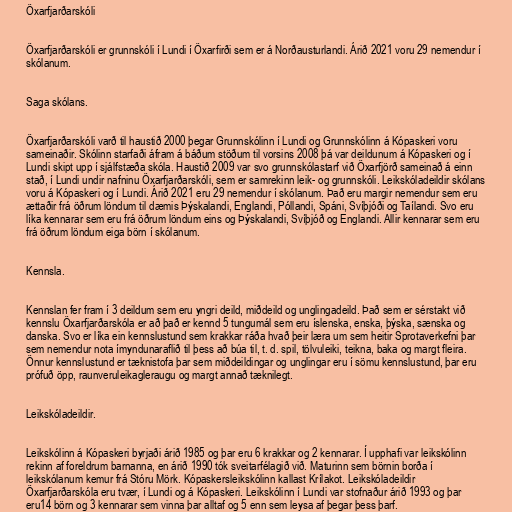
Öxarfjarðarskóli

Öxarfjarðarskóli er grunnskóli í Lundi í Öxarfirði sem er á Norðausturlandi. Árið 2021 voru 29 nemendur í
skólanum.

Saga skólans.

Öxarfjarðarskóli varð til haustið 2000 þegar Grunnskólinn í Lundi og Grunnskólinn á Kópaskeri voru
sameinaðir. Skólinn starfaði áfram á báðum stöðum til vorsins 2008 þá var deildunum á Kópaskeri og í
Lundi skipt upp í sjálfstæða skóla. Haustið 2009 var svo grunnskólastarf við Öxarfjörð sameinað á einn
stað, í Lundi undir nafninu Öxarfjarðarskóli, sem er samrekinn leik- og grunnskóli. Leikskóladeildir skólans
voru á Kópaskeri og í Lundi. Árið 2021 eru 29 nemendur í skólanum. Það eru margir nemendur sem eru
ættaðir frá öðrum löndum til dæmis Þýskalandi, Englandi, Póllandi, Spáni, Svíþjóði og Taílandi. Svo eru
líka kennarar sem eru frá öðrum löndum eins og Þýskalandi, Svíþjóð og Englandi. Allir kennarar sem eru
frá öðrum löndum eiga börn í skólanum.

Kennsla.

Kennslan fer fram í 3 deildum sem eru yngri deild, miðdeild og unglingadeild. Það sem er sérstakt við
kennslu Öxarfjarðarskóla er að það er kennd 5 tungumál sem eru íslenska, enska, þýska, sænska og
danska. Svo er líka ein kennslustund sem krakkar ráða hvað þeir læra um sem heitir Sprotaverkefni þar
sem nemendur nota ímyndunaraflið til þess að búa til, t. d. spil, tölvuleiki, teikna, baka og margt fleira.
Önnur kennslustund er tæknistofa þar sem miðdeildingar og unglingar eru í sömu kennslustund, þar eru
prófuð öpp, raunveruleikagleraugu og margt annað tæknilegt.

Leikskóladeildir.

Leikskólinn á Kópaskeri byrjaði árið 1985 og þar eru 6 krakkar og 2 kennarar. Í upphafi var leikskólinn
rekinn af foreldrum barnanna, en árið 1990 tók sveitarfélagið við. Maturinn sem börnin borða í
leikskólanum kemur frá Stóru Mörk. Kópaskersleikskólinn kallast Krílakot. Leikskóladeildir
Öxarfjarðarskóla eru tvær, í Lundi og á Kópaskeri. Leikskólinn í Lundi var stofnaður árið 1993 og þar
eru14 börn og 3 kennarar sem vinna þar alltaf og 5 enn sem leysa af þegar þess þarf.